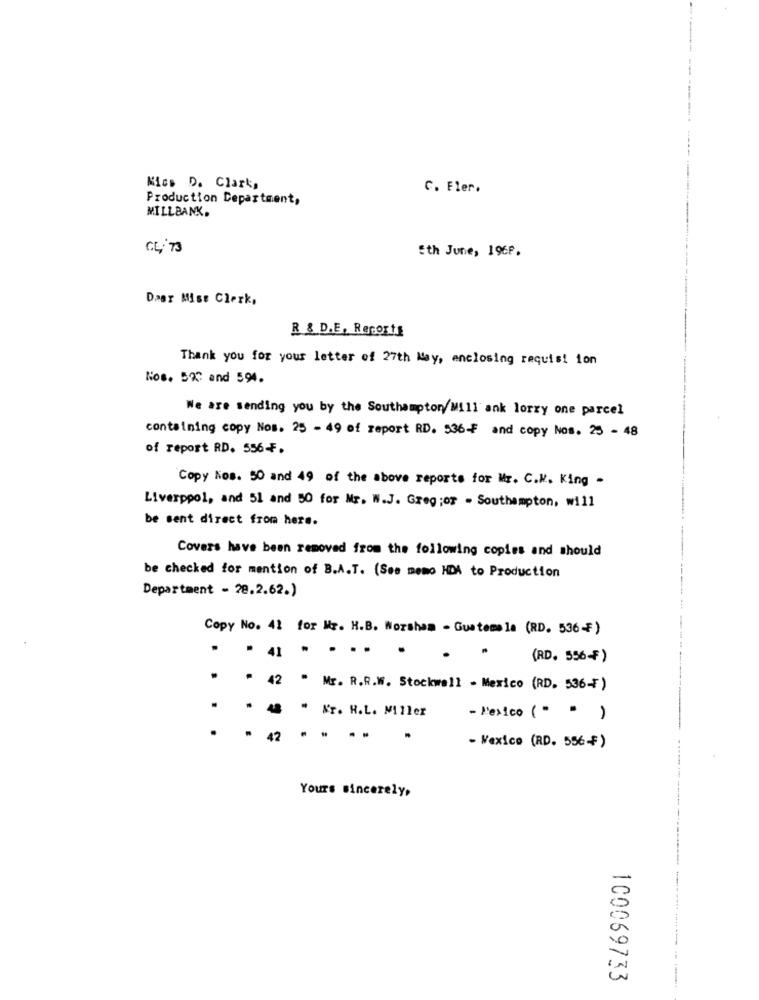
Mics D. Clark,
C. Fler.
Production Department,
MILLBANK.
CL . 73
5th June, 1968.
Daar Miss Clerk,
R & D.E. Recorte
Thank you for your letter of 27th May, enclosing requisi ion
Nos. 593 and 594.
We are sending you by the Southampton/Mill ank lorry one parcel
containing copy Nos. 25 - 49 of report RD. 536-F and copy Nos. 25 - 48
of report RD. 556-F.
Copy Nos. 50 and 49 of the above reports for Mr. C.K. King -
Liverpool, and 51 and 50 for Mr. W.J. Greg ;of - Southampton, will
be sent direct from here.
Covers have been removed from the following copies and should
be checked for mention of B.A.T. (See memo HDA to Production
Department - 28.2.62.)
Copy No. 41 for Mr. H.B. Norsham - Guatemala (RD. 536-F)
.
(RD. 556F)
* * 42 * Mr. R.R.W. Stockwell - Mexico (RD. 536-F)
. . .. . Nr. H.L. Miller
- l'exico ( " " )
- 42 - - --
- Mexico (RD. 556-₣ )
Yours sincerely,
100069733